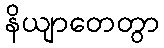
နိယျာတေတွာ